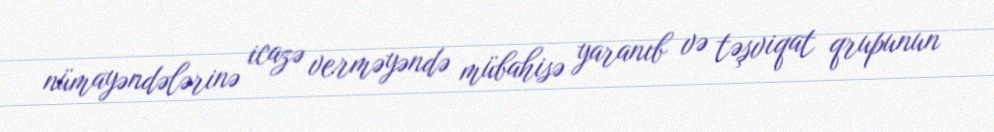
nümayəndələrinə icazə verməyəndə mübahisə yaranıb və təşviqat qrupunun